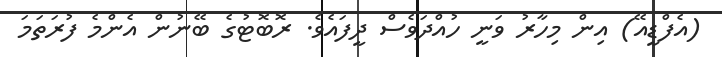
(އެފްޑީއޭ) އިން މިހާރު ވަނީ ހުއްދަވެސް ދީފައެވެ. ރޮބޮޓުގެ ބޭނުން އެންމެ ފުރަތަމަ